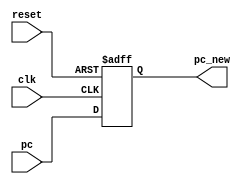
`timescale 1ns / 1ns
module pc(input[31:0]pc,output reg[31:0]pc_new,input clk,input reset);
always@(posedge clk or negedge reset)
begin
if(!reset)
pc_new<=0;
else
pc_new<=pc;
end
endmodule